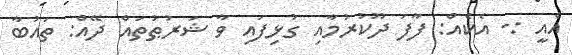
އެއީ :- އެކެއް: ފާފަ ދޫކުރުމާއި ގުޅިފައި ވާ ޝަރުޠުތައް ދޭއް: ތައުބާ